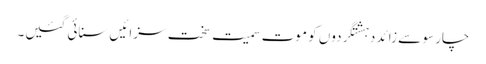
چار سو سے زائد دہشتگردوں کو موت سمیت سخت سزائیں سنائی گئیں۔